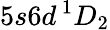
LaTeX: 5s6d\, ^{1}D_{2}